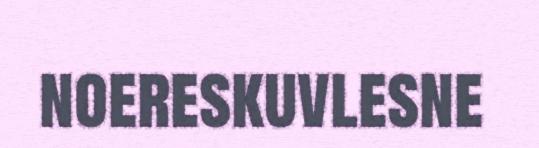
noereskuvlesne